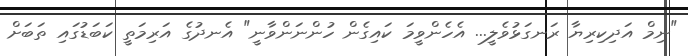
"ނިމް އަދިކިރިޔާ ރަނގަޅުވެލީ... އެހެންވީމަ ކައިގެން ހުންނަންވާނީ" އެނދުގެ އަރިމަތީ ކަބަޑުގައި ތަބަށް